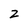
Character: 2